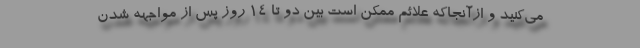
می‌کنید و ازآنجاکه علائم ممکن است بین دو تا ۱۴ روز پس از مواجهه شدن